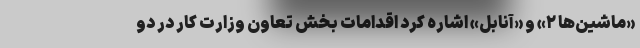
«ماشین‌ها ۲» و «آنابل» اشاره کرد اقدامات بخش تعاون وزارت کار در دو